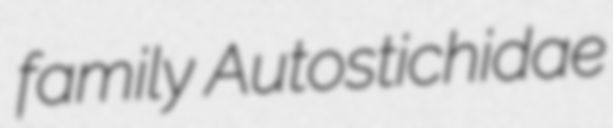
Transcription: family Autostichidae